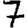
Digit: 7